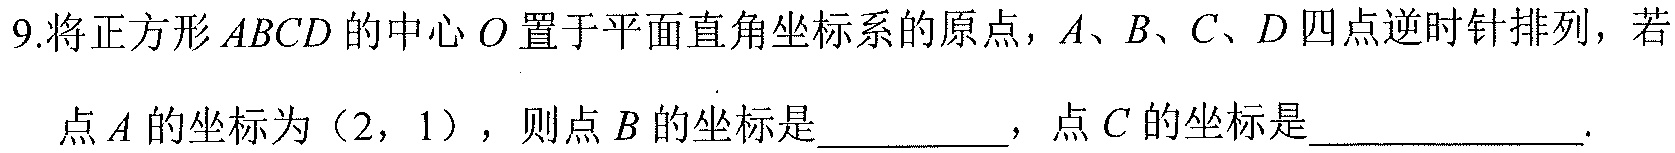
9.将正方形\(ABCD\)的中心\(O\)置于平面直角坐标系的原点，\(A、B、C、D\)四点逆时针排列，若
点\(A\)的坐标为\((2, 1)\)，则点\(B\)的坐标是__________，点\(C\)的坐标是____________.